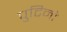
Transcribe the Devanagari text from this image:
पुटिनो